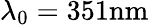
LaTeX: \lambda_{0}=351\mathrm{{nm}}